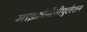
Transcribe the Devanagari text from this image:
माइक्रोमैनीपुलेशन